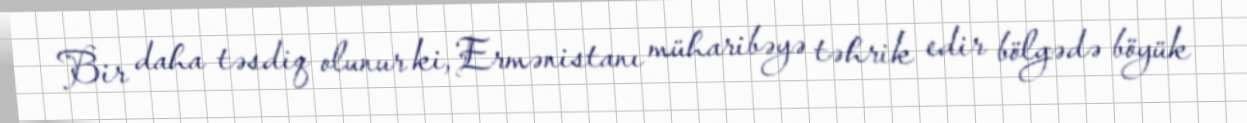
Bir daha təsdiq olunur ki, Ermənistanı müharibəyə təhrik edir bölgədə böyük